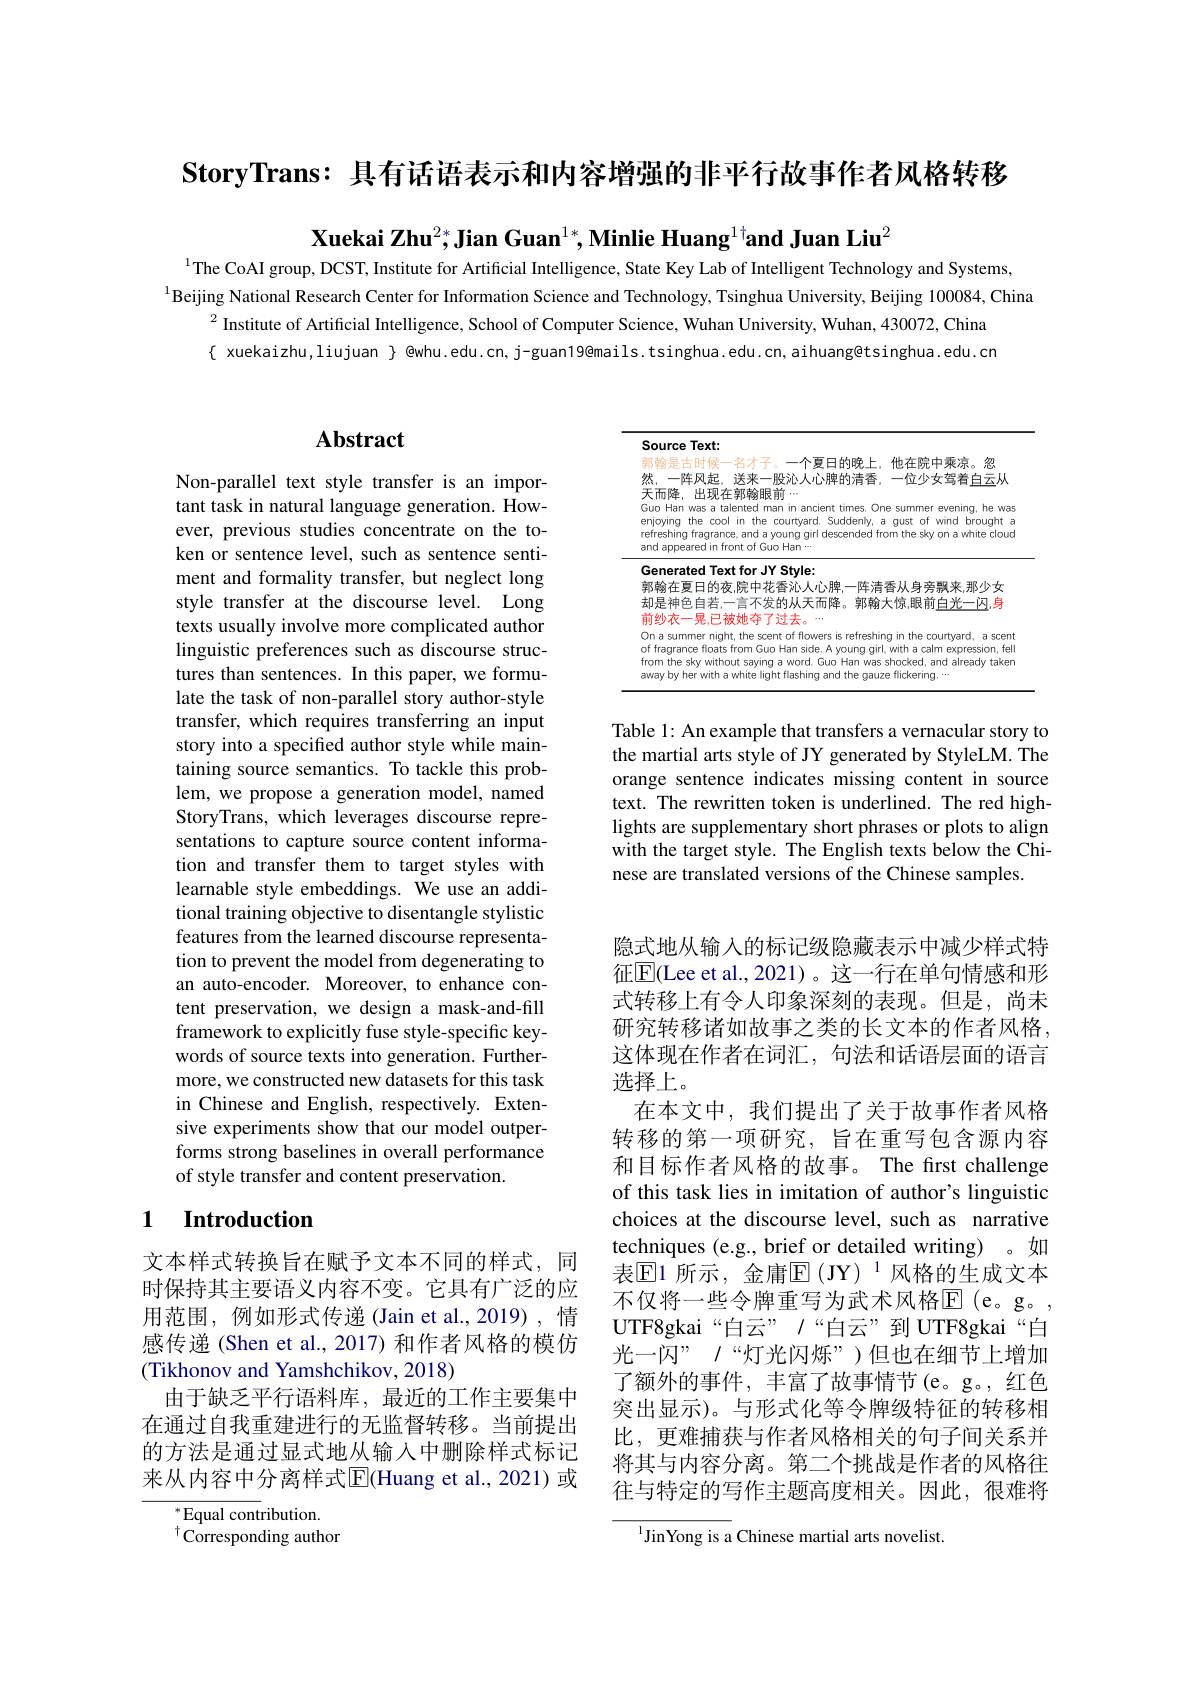
StoryTrans: 具有话语表示和内容增强的非平行故事作者风格转移

Xuekai Zhu$^{2*}$,Jian Guan$^{1*},\textbf{Minlie Huang}^{1\dagger}$and Juan Liu$^{2}$

$^{1}$The CoAI group, DCST, Institute for Artificial Intelligence, State Key Lab of Intelligent Technology and Systems,
$^{1}$Beijing National Research Center for Information Science and Technology, Tsinghua University, Beijing 100084,China
$^{2}$Institute of Artificial Intelligence, School of Computer Science, Wuhan University, Wuhan, 430072, China $\{$ xuekaizhu,liujuan $\}$ @whu.edu.cn, j-guan19@mails.tsinghua.edu.cn, aihuang@tsinghua.edu.cn

## $\mathbf{Abstract}$

Non-parallel text style transfer is an important task in natural language generation. However, previous studies concentrate on the token or sentence level, such as sentence sentiment and formality transfer, but neglect long style transfer at the discourse level. Long texts usually involve more complicated author linguistic preferences such as discourse structures than sentences. In this paper, we formulate the task of non-parallel story author-style transfer, which requires transferring an input story into a specified author style while maintaining source semantics. To tackle this problem, we propose a generation model, named StoryTrans, which leverages discourse representations to capture source content information and transfer them to target styles with learnable style embeddings. We use an additional training objective to disentangle stylistic features from the learned discourse representation to prevent the model from degenerating to an auto-encoder. Moreover, to enhance content preservation, we design a mask-and-fill framework to explicitly fuse style-specific keywords of source texts into generation. Furthermore, we constructed new datasets for this task in Chinese and English, respectively. Extensive experiments show that our model outperforms strong baselines in overall performance of style transfer and content preservation.

## 1 Introduction

文本样式转换旨在赋予文本不同的样式，同时保持其主要语义内容不变。它具有广泛的应用范围，例如形式传递(Jain et al.,2019),情感传递(Shen et al., 2017) 和作者风格的模仿(Tikhonov and Yamshchikov, 2018)
由于缺乏平行语料库，最近的工作主要集中在通过自我重建进行的无监督转移。当前提出的方法是通过显式地从输入中删除样式标记来从内容中分离样式E|(Huang et al.,2021)或

$^*$Equal contribution.
$^{\dagger}{\mathrm{Corresponding~author}}$

<table>
	<tbody>
		<tr>
			<td>出现在郭翰眼前$\cdots$ an was a talented man in ancient times. One summer evening, he was g the cool in the courtyard. Suddenly, a gust of wind brought a ng fragrance, and a young girl descended from the sky on a white cloud ceared in front of Guo Han $\cdots$</td>
		</tr>
		<tr>
			<td>rated Text for JY Style: E夏日的夜，院中花香沁人心脾，一阵清香从身旁飘来，那少女 色自若，一言不发的从天而降。郭翰大惊，眼前白光一闪，身</td>
		</tr>
		<tr>
			<td>ummer night, the scent of flowers is refreshing in the courtyard, a scen ance floats from Guo Han side. A young girl, with a calm expression, fel re sky without saying a word. Guo Han was shocked, and already taker y her with a white light flashing and the gauze flickering. ...</td>
		</tr>
	</tbody>
</table>

Table 1: An example that transfers a vernacular story to the martial arts style of JY generated by StyleLM. The orange sentence indicates missing content in source text. The rewritten token is underlined. The red highlights are supplementary short phrases or plots to align with the target style. The English texts below the Chinese are translated versions of the Chinese samples

隐式地从输入的标记级隐藏表示中减少样式特征$\overline{\mathrm{E}}($Lee et al.,2021)。这一行在单句情感和形式转移上有令人印象深刻的表现。但是，尚未研究转移诸如故事之类的长文本的作者风格这体现在作者在词汇，句法和话语层面的语言选择上。
在本文中，我们提出了关于故事作者风格转移的第一项研究，旨在重写包含源内容和目标作者风格的故事。The first challenge of this task lies in imitation of author's linguistic choices at the discourse level, such as narrative techniques (e.g., brief or detailed writing) 。如表$\mathbb{E}$1 所示，金庸$\mathbb{E}($JY)$^{1}$风格的生成文本不仅将一些令牌重写为武术风格$\mathbb{E}$(e。g。, UTF8gkai“白云”ノ“白云”到 UTF8gkai“白光一闪”/“灯光闪烁”)但也在细节上增加了额外的事件，丰富了故事情节(e。g。,红色突出显示)。与形式化等令牌级特征的转移相比，更难捕获与作者风格相关的句子间关系并将其与内容分离。第二个挑战是作者的风格往往与特定的写作主题高度相关。因此，很难将

$^{1}$JinYong is a Chinese martial arts novelist.